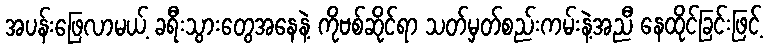
အပန်းဖြေလာမယ့် ခရီးသွားတွေအနေနဲ့ ကိုဗစ်ဆိုင်ရာ သတ်မှတ်စည်းကမ်းနဲ့အညီ နေထိုင်ခြင်းဖြင့်